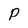
Character: P